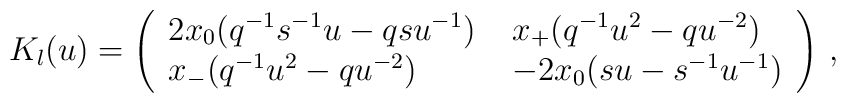
K_l(u)=\left ( \begin{array}{ll}2x_{0}(q^{-1}s^{-1}u-qsu^{-1}) \; & x_{+}(q^{-1}u^2 -qu^{-2}) \\x_{-}(q^{-1}u^2 -qu^{-2}) \; & -2x_{0}(su-s^{-1}u^{-1})\end{array} \right )\, ,